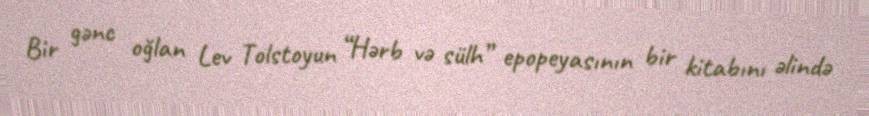
Bir gənc oğlan Lev Tolstoyun “Hərb və sülh” epopeyasının bir kitabını əlində